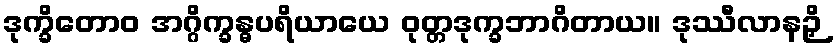
ဒုက္ခိတောဝ အဂ္ဂိက္ခန္ဓပရိယာယေ ဝုတ္တဒုက္ခဘာဂိတာယ။ ဒုဿီလာနဉှိ